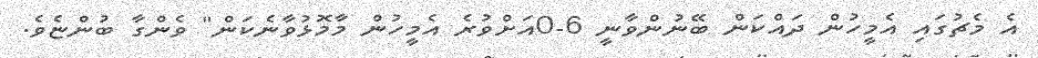
އެ މެޗުގައި އެމީހުން ދައްކަން ބޭނުންވާނީ 6-0އަށްވުރެ އެމީހުން މާމޮޅުވާނެކަން" ވެންގާ ބުންޏެވެ.